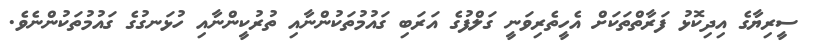
ސީރިޔާގެ އިދިކޮޅު ފަރާތްތަކަށް އެހީތެރިވަނީ ގަލްފުގެ އަރަބި ގައުމުތަކުންނާއި ތުރުކީންނާއި ހުޅަނގުގެ ގައުމުތަކުންނެވެ.